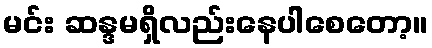
မင်း ဆန္ဒမရှိလည်းနေပါစေတော့။